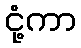
ငုံ့ကာ